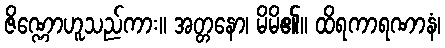
ဇိဏ္ဏောဟူသည်ကား။ အတ္တနော၊ မိမိ၏။ ထိရကာရဏာနံ၊